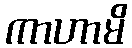
ကာဟာမိ